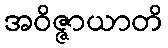
အဝိဇ္ဇာယာတိ